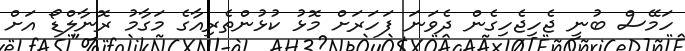
ހަމޭސް ބުނީ ޖެހިޖެހިގެން ދެވަނަ ފަހަރަށް މޮޅު ކުޅުންތެރިއާގެ މަގާމު ރޮނާލްޑޯ އަށް